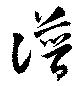
譜